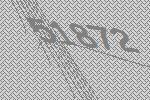
51872